Civil Veterinary Department. Madras. Admin. report 1910-25 - 1910-1925
Year: 1910
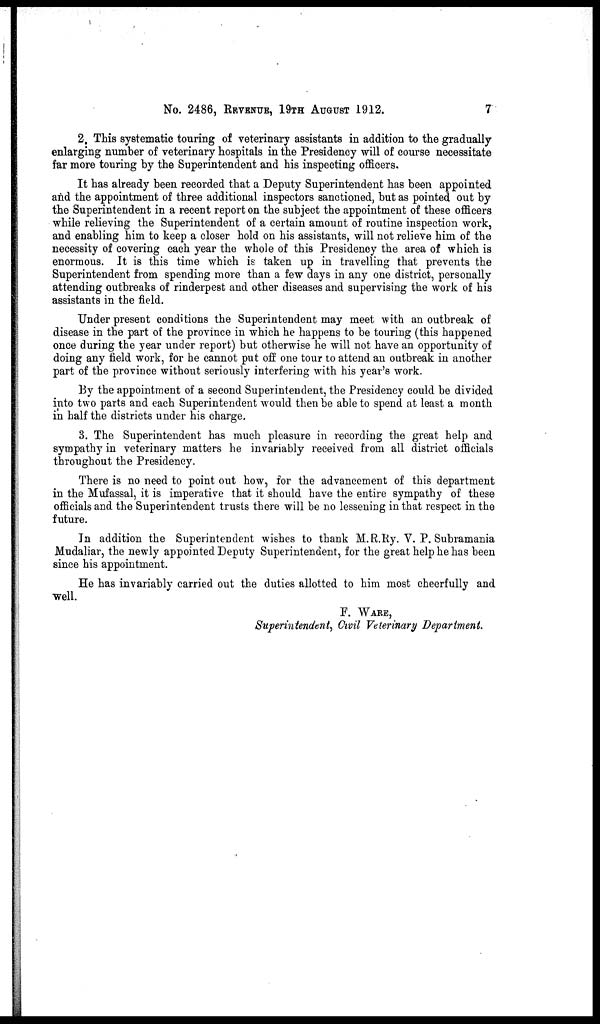
No. 2486, REVENUE, 19TH AUGUST 1912.
7
2. This systematic touring of veterinary assistants in addition to the gradually
enlarging number of veterinary hospitals in the Presidency will of course necessitate
far more touring by the Superintendent and his inspecting officers.
It has already been recorded that a Deputy Superintendent has been appointed
and the appointment of three additional inspectors sanctioned, but as pointed out by
the Superintendent in a recent report on the subject the appointment of these officers
while relieving the Superintendent of a certain amount of routine inspection work,
and enabling him to keep a closer hold on his assistants, will not relieve him of the
necessity of covering each year the whole of this Presidency the area of which is
enormous. It is this time which is taken up in travelling that prevents the
Superintendent from spending more than a few days in any one district, personally
attending outbreaks of rinderpest and other diseases and supervising the work of his
assistants in the field.
Under present conditions the Superintendent may meet with an outbreak of
disease in the part of the province in which he happens to be touring (this happened
once during the year under report) but otherwise he will not have an opportunity of
doing any field work, for he cannot put off one tour to attend an outbreak in another
part of the province without seriously interfering with his year's work.
By the appointment of a second Superintendent, the Presidency could be divided
into two parts and each Superintendent would then be able to spend at least a month
in half the districts under his charge.
3. The Superintendent has much pleasure in recording the great help and
sympathy in veterinary matters he invariably received from all district officials
throughout the Presidency.
There is no need to point out how, for the advancement of this department
in the Mufassal, it is imperative that it should have the entire sympathy of these
officials and the Superintendent trusts there will be no lessening in that respect in the
future.
In addition the Superintendent wishes to thank M.R.Ry. V. P. Subramania
Mudaliar, the newly appointed Deputy Superintendent, for the great help he has been
since his appointment.
He has invariably carried out the duties allotted to him most cheerfully and
well.
F. WARE,
Superintendent, Civil Veterinary Department.